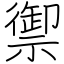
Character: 禦